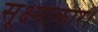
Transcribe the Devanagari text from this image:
सूक्ष्माकार।